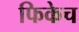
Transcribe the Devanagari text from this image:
फिकेच